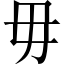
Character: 毋